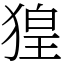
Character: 𤟡